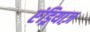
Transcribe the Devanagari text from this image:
एंड्रियाज़